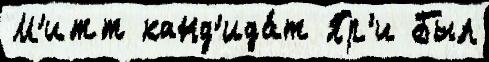
М'итт канд'ида́т Пр'и Был